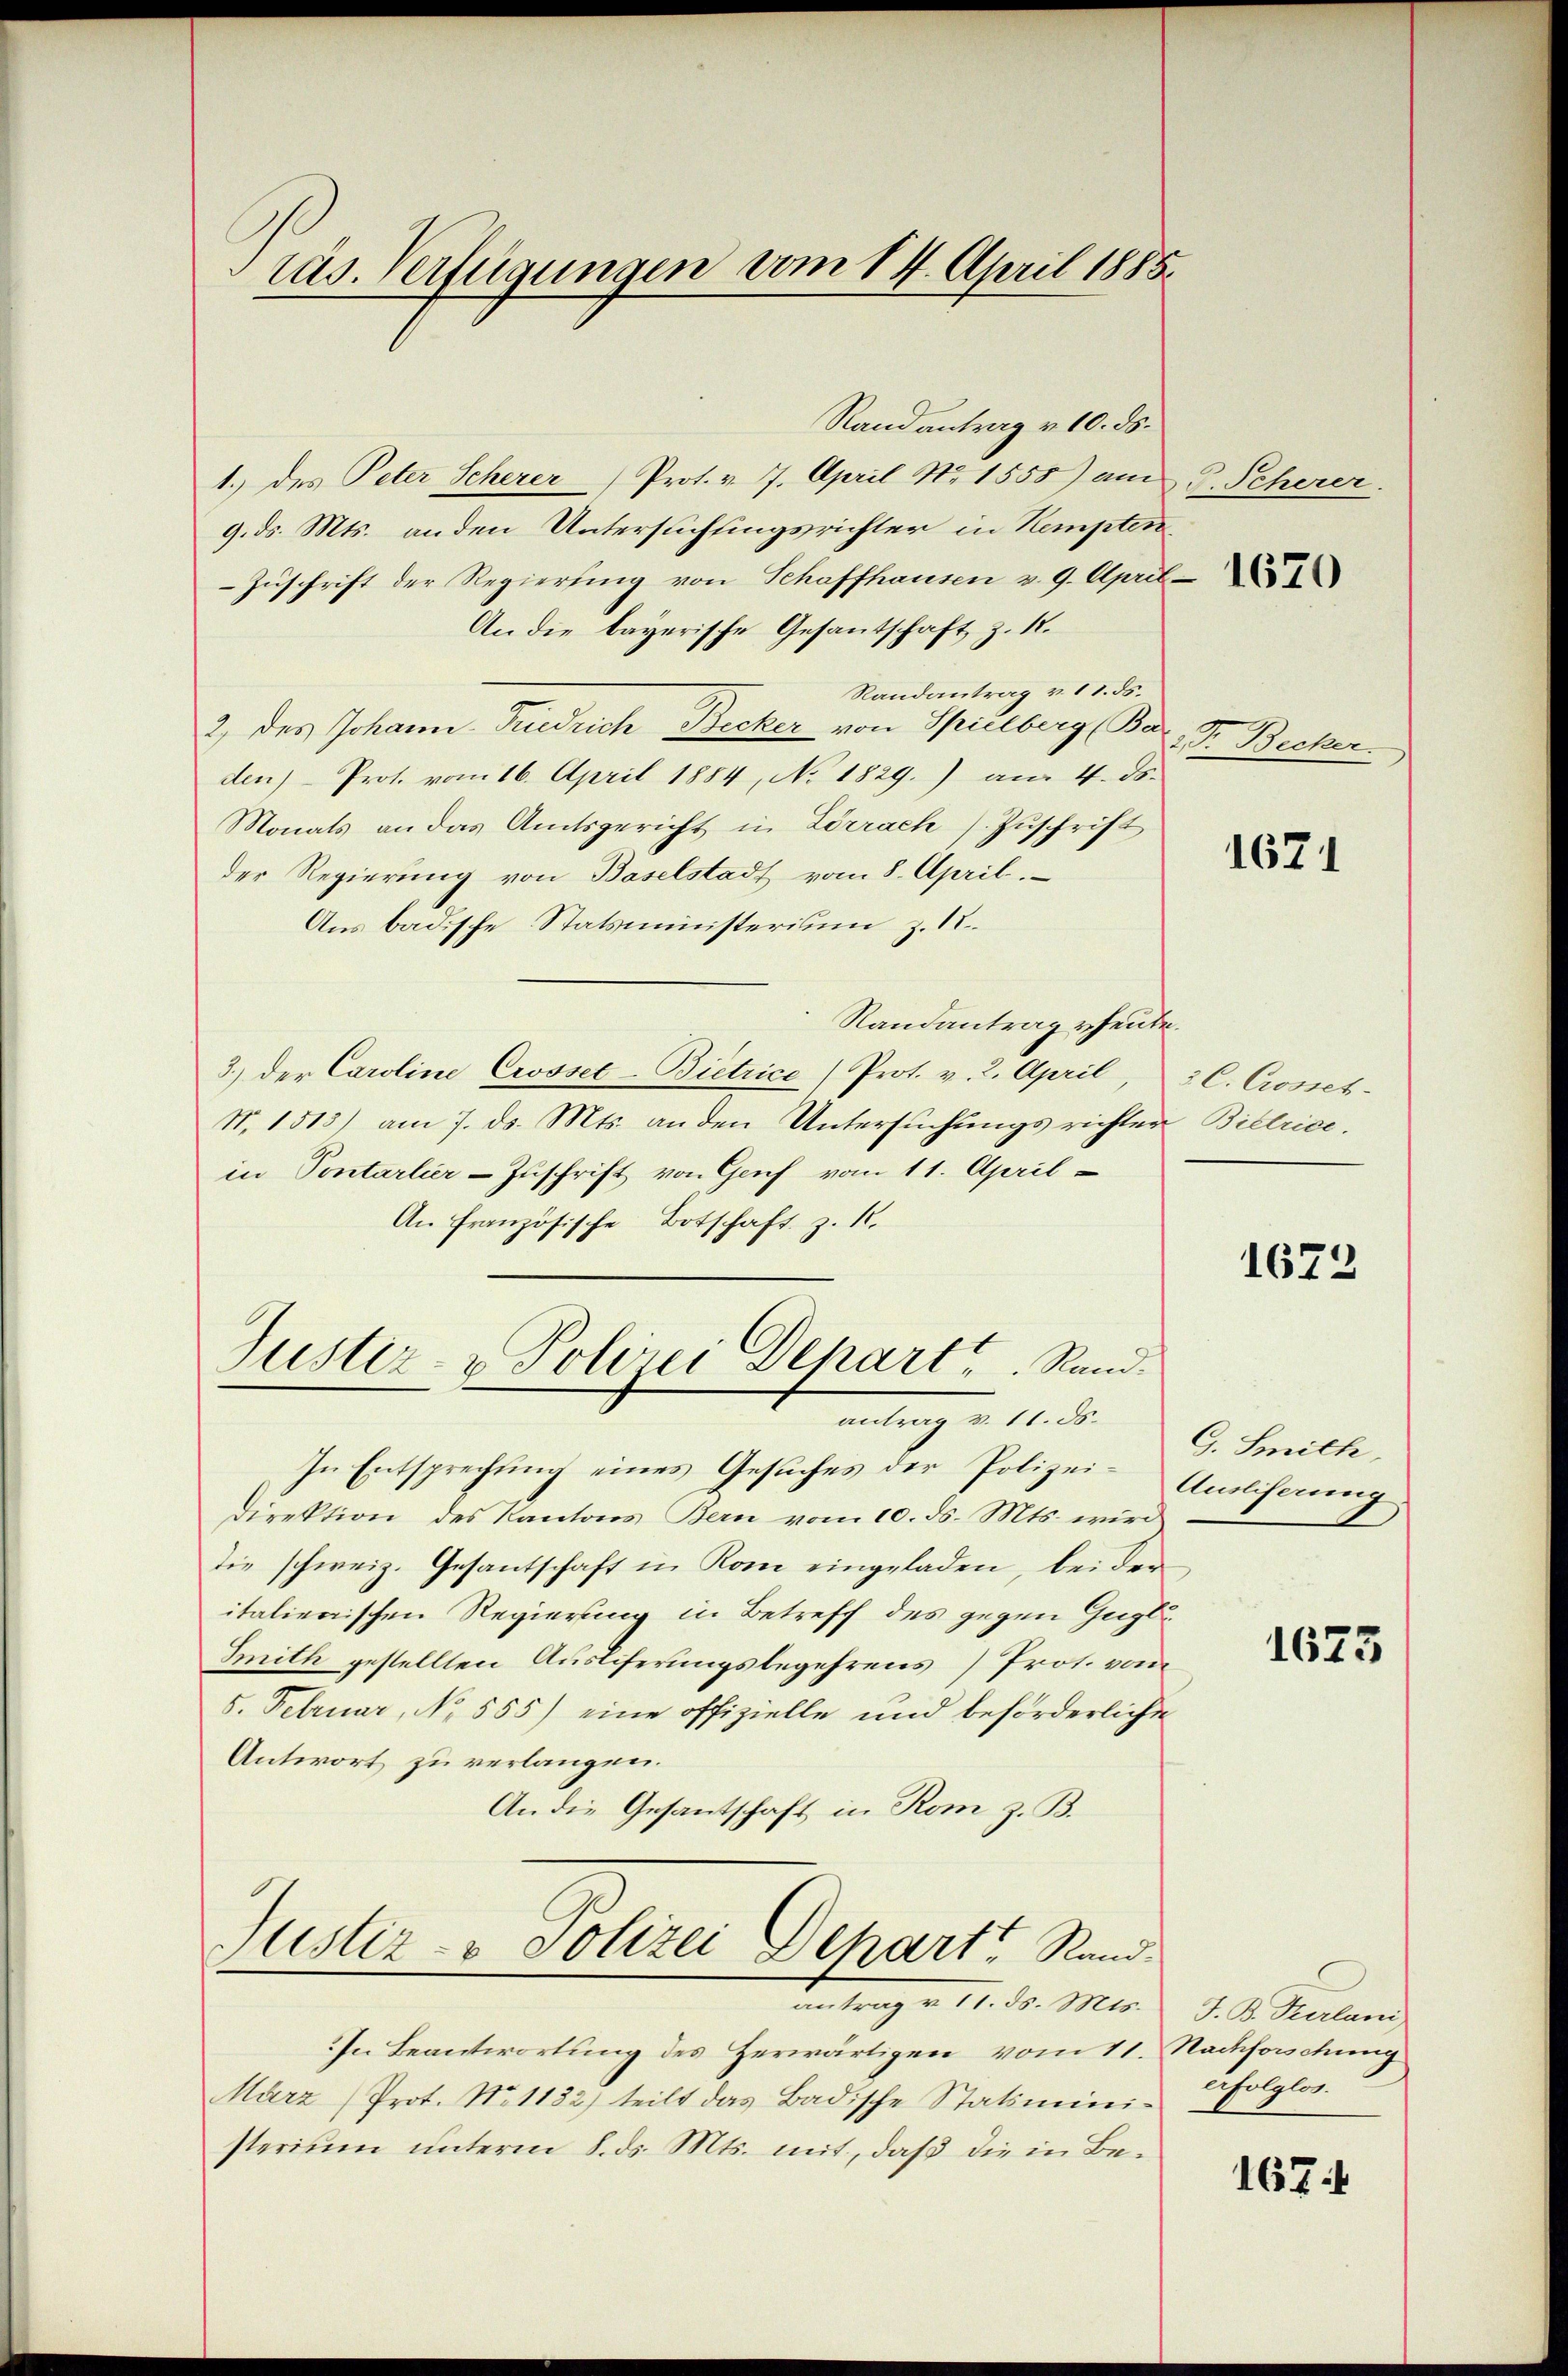
ras. Verfügungen vom 14. April 1885.

Randantrag v. 10. ds.
1.) des Peter Scherer Prot. v. 7. April No 1555) am
9. ds. Mts. anden Untersuchtungsrichter in Kempten,
Zuschrift der Regierung von Schaffhausen v. 9. April
An die bayerische Gesantschaft z. 12.
Randantrag v. 11. ds.
2 des Johann Friedrich Becker von Spielberg Ba
den) Prot. vom 16. April 1884, No 1829.) am 4. ds.
Monats an das Amtsgericht in Zerrach Zuschrift
Der Regierung von Baselstadt vom 8. April.
Aus badische Statsministerium z. 1.
Randantrag heute.
3.) der Caroline Crosset-Bietrice Prot. v. 2. April
Nr. 1513) am 7. ds. Mts. an den Untersŭchŭngsrichter Bietrice.
in Pontarlier-Zuschrift von Genf vom 11. April
An Französische Botschaft z. 1.
Justiz- & Polizei Depart, Rund.
antrag d. 11. d.
In Entsprechung eines Gesuches der Polizei- Amlicherung
Direktion des Kantons Bern vom 10. ds. Mts. wird
die schweiz. Gesantschaft in Rom eingeladen, bei der
italierischen Regierung in Betreff des gegen Gugle
Smith gestellten Ausliferungsbegehrens) Prot. vom
5. Februar, No. 555) eine offizielle und beförderliche
Antwort zu verlangen.
An die Gesantschaft in Rom z. B.

Justiz- & Polizei Schart Rand-
11. d. Mts.

In Beantwortung des Herwärtigen vom 11.
März (Prot. No 1132) teilt das Badische Statiministerium unterm 8. ds. Mts. mit, daß die in Be-

J. Scherer.

1670

Dr. Becker.

1671

2 C. Crosses.

1672

G. Smille,

1625

J. B. Karlam
Nachforschung
erfolglos.

167.